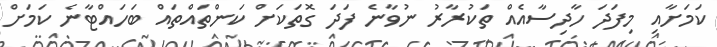
ކަމަށާއި މިފަދަ ހާދިސާއެއް ތަކުރާރު ނުވާނެ ފަދަ ގޮތަކަށް ކަންތައްތައް ބަހައްޓާނެ ކަމަށް